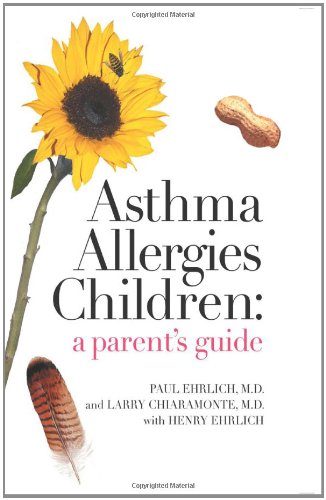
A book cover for Asthma Allergies Children: A Parent's Guide; Dr Paul Ehrlich; Health, Fitness & Dieting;